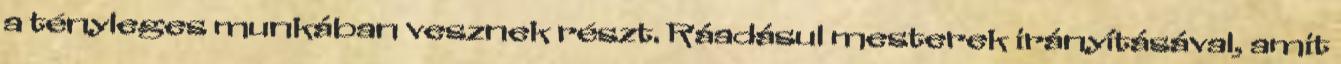
a tényleges munkában vesznek részt. Ráadásul mesterek irányításával, amit